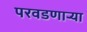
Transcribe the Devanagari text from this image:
परवडणार्‍या